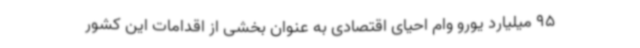
95 میلیارد یورو وام احیای اقتصادی به عنوان بخشی از اقدامات این کشور